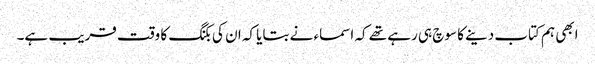
ابھی ہم کتاب دینے کا سوچ ہی رہے تھے کہ اسماء نے بتایا کہ ان کی بکنگ کا وقت قریب ہے۔